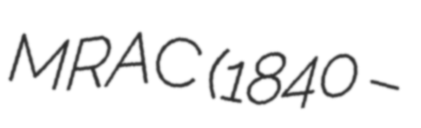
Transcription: MRAC (1840 –